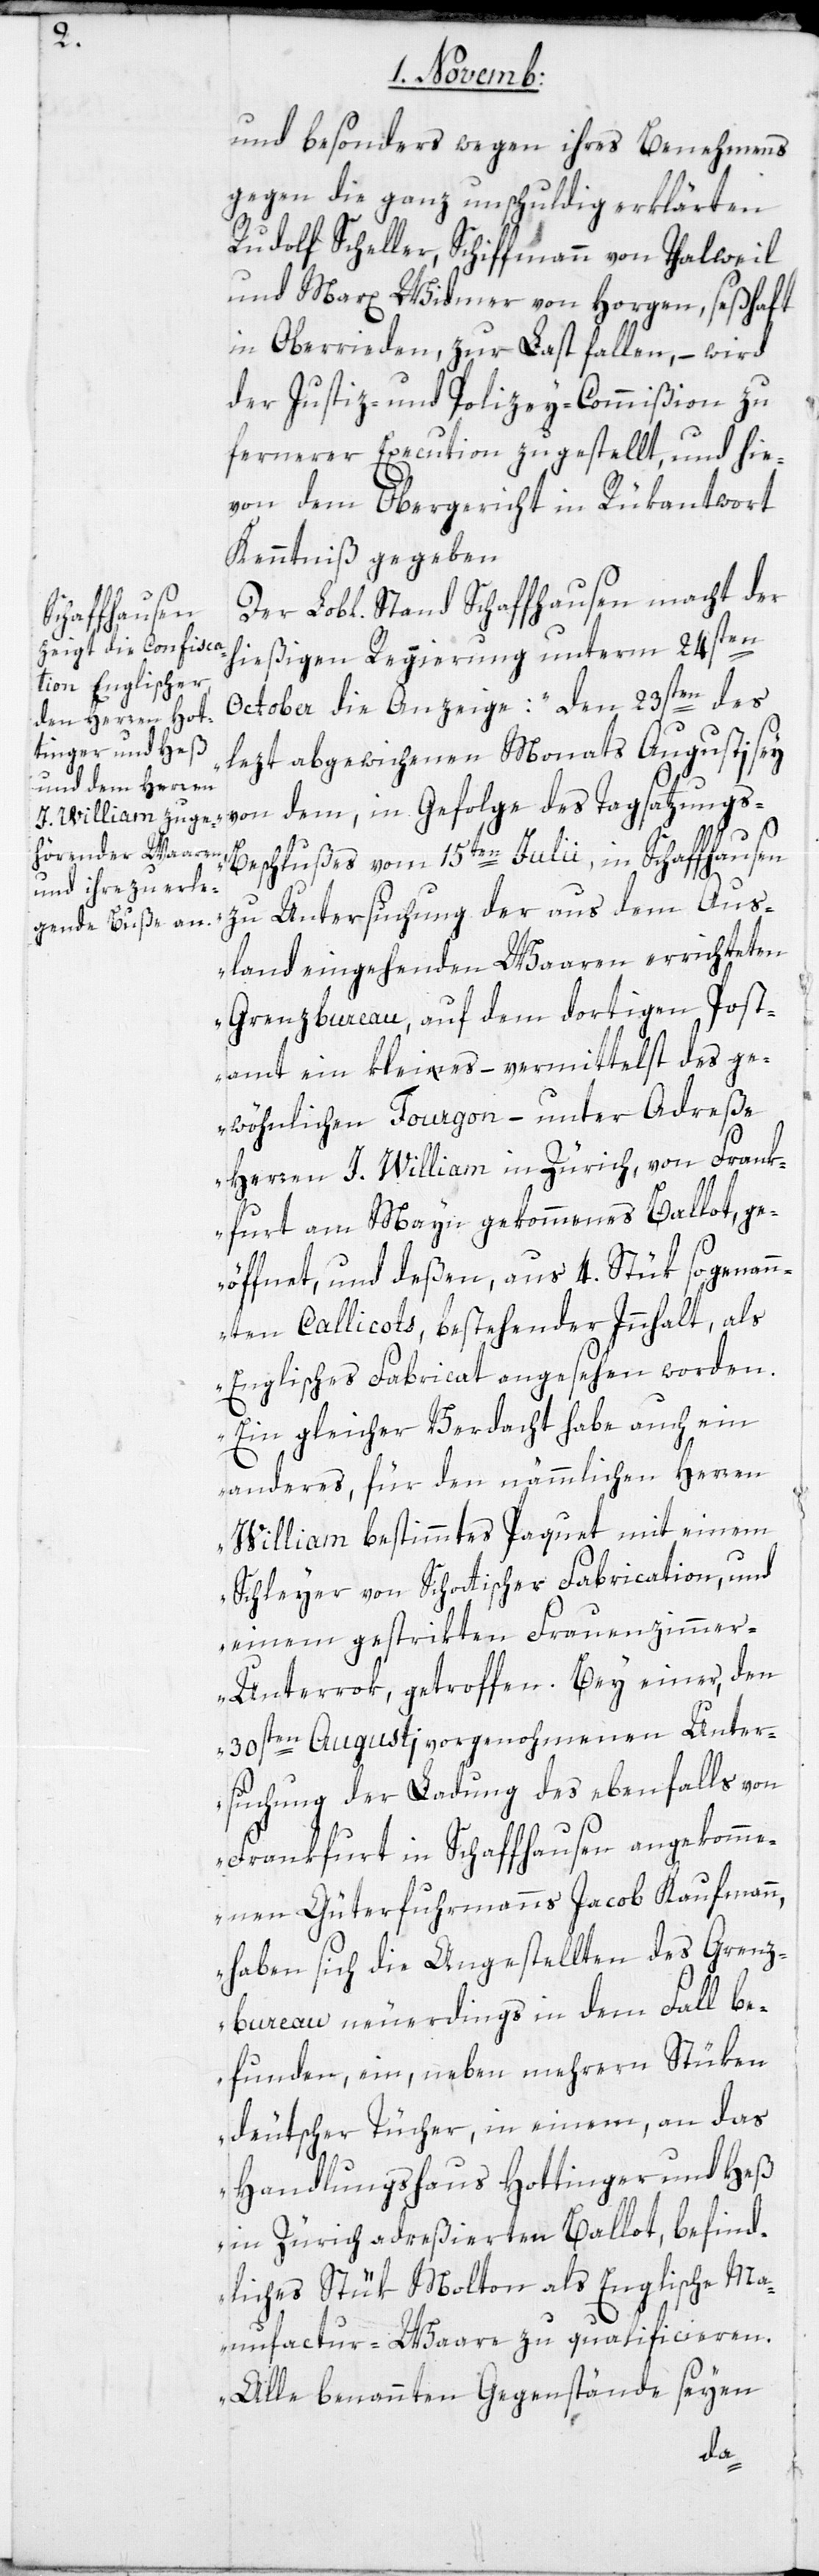
Schaffhausen

und besonders wegen ihres Benehmens
gegen die ganz unschuldig erklärten
Rudolf Scheller, Schiffmann von Thalweil
und Marx Widmer von Horgen, seßhaft
in Oberrieden, zur Last fallen, – wird
der Justiz- und Polizey-Commißion zu
fernerer Execution zugestellt, und hie¬
von dem Obergericht in Rükantwort
Kenntniß gegeben.
hiesigen Regierung unterm 24sten
October die Anzeige: „Dem 23sten des
lezt abgewichenen Monats Augusti sey
von dem, in Gefolge des Tagsatzungs¬
beschlußes vom 15ten Julii, in Schaffhausen
zu Untersuchung der aus dem Aus¬
land eingehenden Waaren errichteten
Grenzbureau, auf dem dortigen Post¬
amt ein kleines, – vermittelst des ge¬
wöhnlichen Fourgon – unter Adreße
Herren J. William in Zürich, von Frank¬
furt am Mayn gekommenes Ballot, ge¬
öffnet, und deßen, aus 4. Stük sogenan¬
nten Callicots, bestehender Innhalt, als
Englisches Fabricat angesehen worden.
Ein gleicher Verdacht habe auch ein
anderes, für den nämmlichen Herren
William bestimmtes Paquet mit einem
Schleyer von Schottischer Fabrication, und
einem gestrikten Frauenzimme¬
r-Unterrok getroffen. Bei einer, den
30sten Augusti vorgenohmenen Unter¬
suchung der Ladung des ebenfalls von
Frankfurt in Schaffhausen angekomme¬
nen Güterfuhrmanns Jacob Kaufmann,
haben sich die Angestellten des Grenz¬
bureau neuerdings in dem Fall be¬
funden, ein, neben mehrern Stüken
deutscher Tücher, in einem, an das
Handlungshaus Hottinger und Heß
in Zürich adreßierten Ballot, befind¬
liches Stük Molton als englische Ma¬
nufactur-Waare zu qualificieren.
Alle benannten Gegenstände seyen